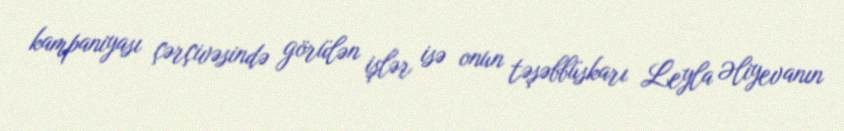
kampaniyası çərçivəsində görülən işlər isə onun təşəbbüskarı Leyla Əliyevanın